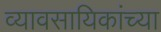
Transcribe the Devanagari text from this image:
व्यावसायिकांच्या